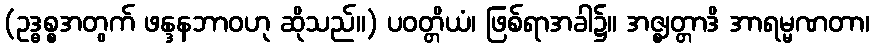
(ဥဒ္ဓစ္စအတွက် ဖန္ဒနဘာဝဟု ဆိုသည်။) ပဝတ္တိယံ၊ ဖြစ်ရာအခါ၌။ အဇ္ဈတ္တာဒိ အာရမ္မဏတာ၊